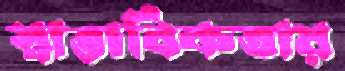
স্বাভাবিকতায়